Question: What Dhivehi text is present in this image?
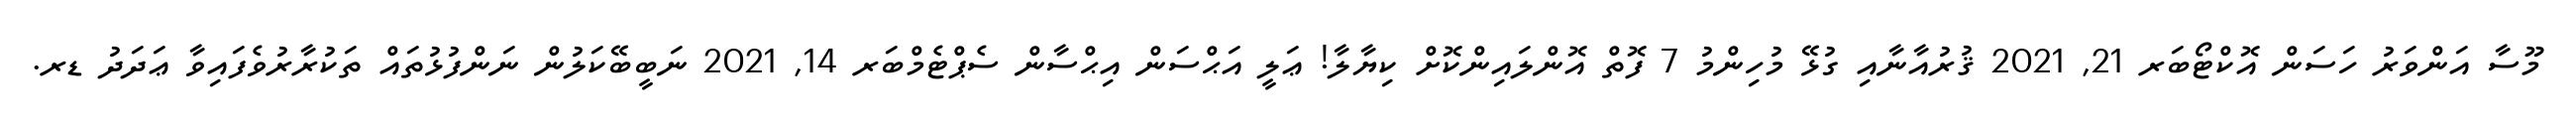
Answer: މޫސާ އަންވަރު ހަސަން އޮކްޓޯބަރ 21, 2021 ޤުރުއާނާއި ގުޅޭ މުހިންމު 7 ފޮތް އޮންލައިންކޮށް ކިޔާލާ! ޢަލީ އަޙްސަން އިޙްސާން ސެޕްޓެމްބަރ 14, 2021 ނަބީބޭކަލުން ނަންފުޅުތައް ތަކުރާރުވެފައިވާ ޢަދަދު ޑރ.